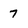
Character: 7